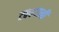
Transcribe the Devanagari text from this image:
टक्क्यानी